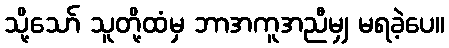
သို့သော် သူတို့ထံမှ ဘာအကူအညီမျှ မရခဲ့ပေ။